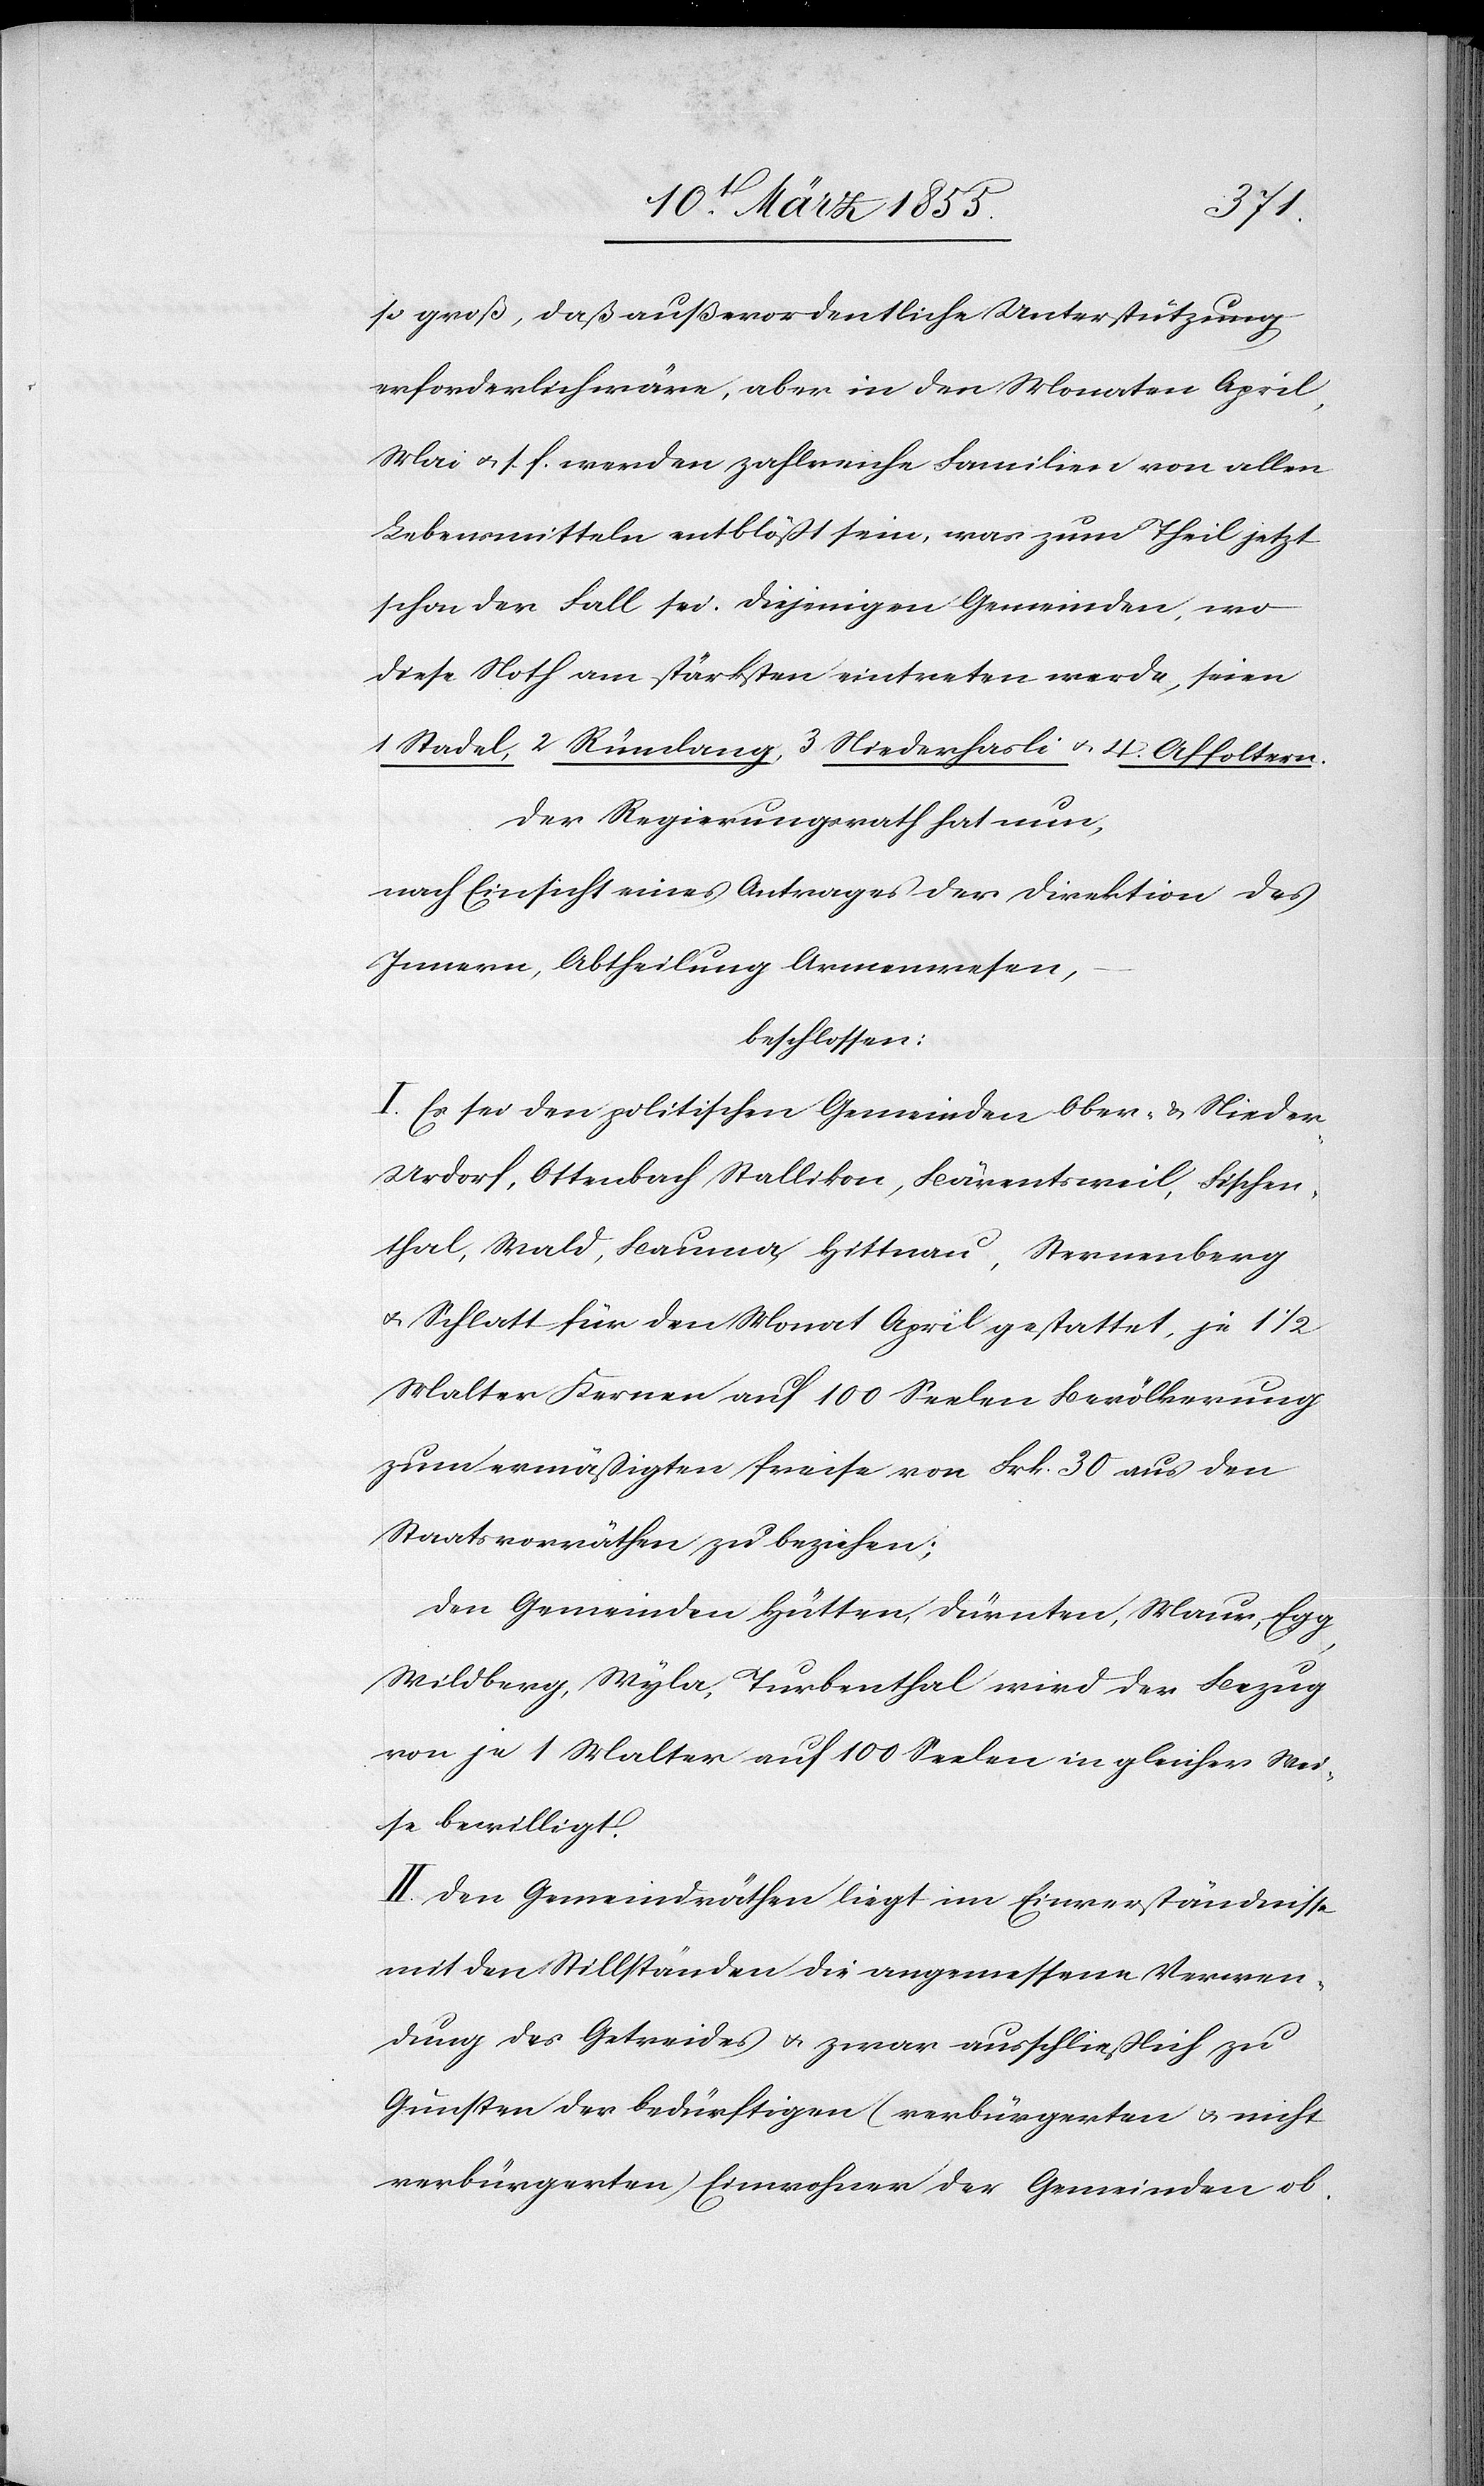
so groß, daß außerordentliche Unterstützung
erforderlich wäre, aber in den Monaten April,
Mai & s. f. werden zahlreiche Familien von allen
Lebensmitteln entblößt sein, was zum Theil jetzt
schon der Fall sei. Diejenigen Gemeinden, wo
diese Noth am stärksten eintreten werde, seien
1 Stadel, 2 Rümlang, 3 Niederhasli & 4. Affoltern.
Der Regierungsrath hat nun,
nach Einsicht eines Antrages der Direktion des
Innern, Abtheilung Armenwesen,
beschlossen:
I. Es sei den politischen Gemeinden Ober- & Nieder-U¬
rdorf, Ottenbach[,] Stallikon, Bärentsweil, Fischen¬
thal, Wald, Bauma, Hittnau, Sternenberg
& Schlatt für den Monat April gestattet, je 1 1/2
Malter Kernen auf 100 Seelen Bevölkerung
zum ermäßigten Preise von Frk. 30 aus den
Staatsvorräthen zu beziehen;
Den Gemeinden Hütten, Dürnten, Maur, Egg,
Wildberg, Wyla, Turbenthal wird der Bezug
von je 1 Malter auf 100 Seelen in gleicher Wei¬
se bewilligt.
II. Den Gemeindräthen liegt im Einverständnisse
mit den Stillständen die angemessene Verwen¬
dung des Getreides & zwar ausschließlich zu
Gunsten der bedürftigen (verbürgerten & nicht
verbürgerten) Einwohner der Gemeinden ob.